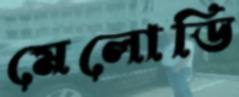
মেলোডি